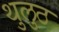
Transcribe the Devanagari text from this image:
थुलुठ